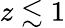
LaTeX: z\lesssim 1